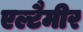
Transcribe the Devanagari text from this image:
एल्टैमीर